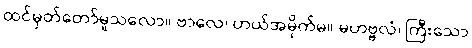
ထင်မှတ်တော်မူသလော။ ဗာလေ၊ ဟယ်အမိုက်မ။ မဟဗ္ဗလံ၊ ကြီးသော